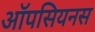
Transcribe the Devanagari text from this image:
ऑपसियनस